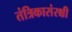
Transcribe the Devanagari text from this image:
तंत्रिकासंरक्षी